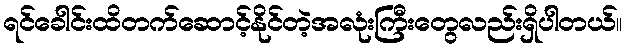
ရင်ခေါင်းထိတက်ဆောင့်နိုင်တဲ့အလုံးကြီးတွေလည်းရှိပါတယ်။